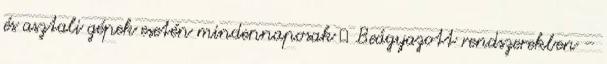
és asztali gépek esetén mindennaposak ● Beágyazott rendszerekben –